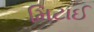
મિટાઈ